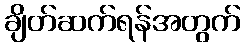
ချိတ်ဆက်ရန်အတွက်